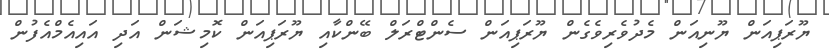
ޔޫރަޕިއަން ޔޫނިއަން މެދުވެރިވެގެން ޔޫރަޕިއަން ސެންޓްރަލް ބޭންކާއި ޔޫރަޕިއަން ކޮމިޝަން އަދި އައިއެމްއެފުން